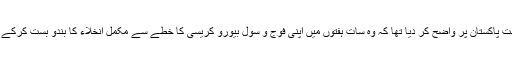
اقوام متحدہ نے اپنی 13اگست 1948ء کی قراداد میں حکومت پاکستان پر واضح کر دیا تھا کہ وہ سات ہفتوں میں اپنی فوج و سول بیورو کریسی کا خطے سے مکمل انخلاء کا بندو بست کرکے مقامی نمائندوں پر مشتمل حکومت کے قیام کو یقینی بنائے۔